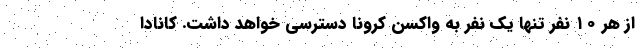
از هر ۱۰ نفر تنها یک نفر به واکسن کرونا دسترسی خواهد داشت. کانادا